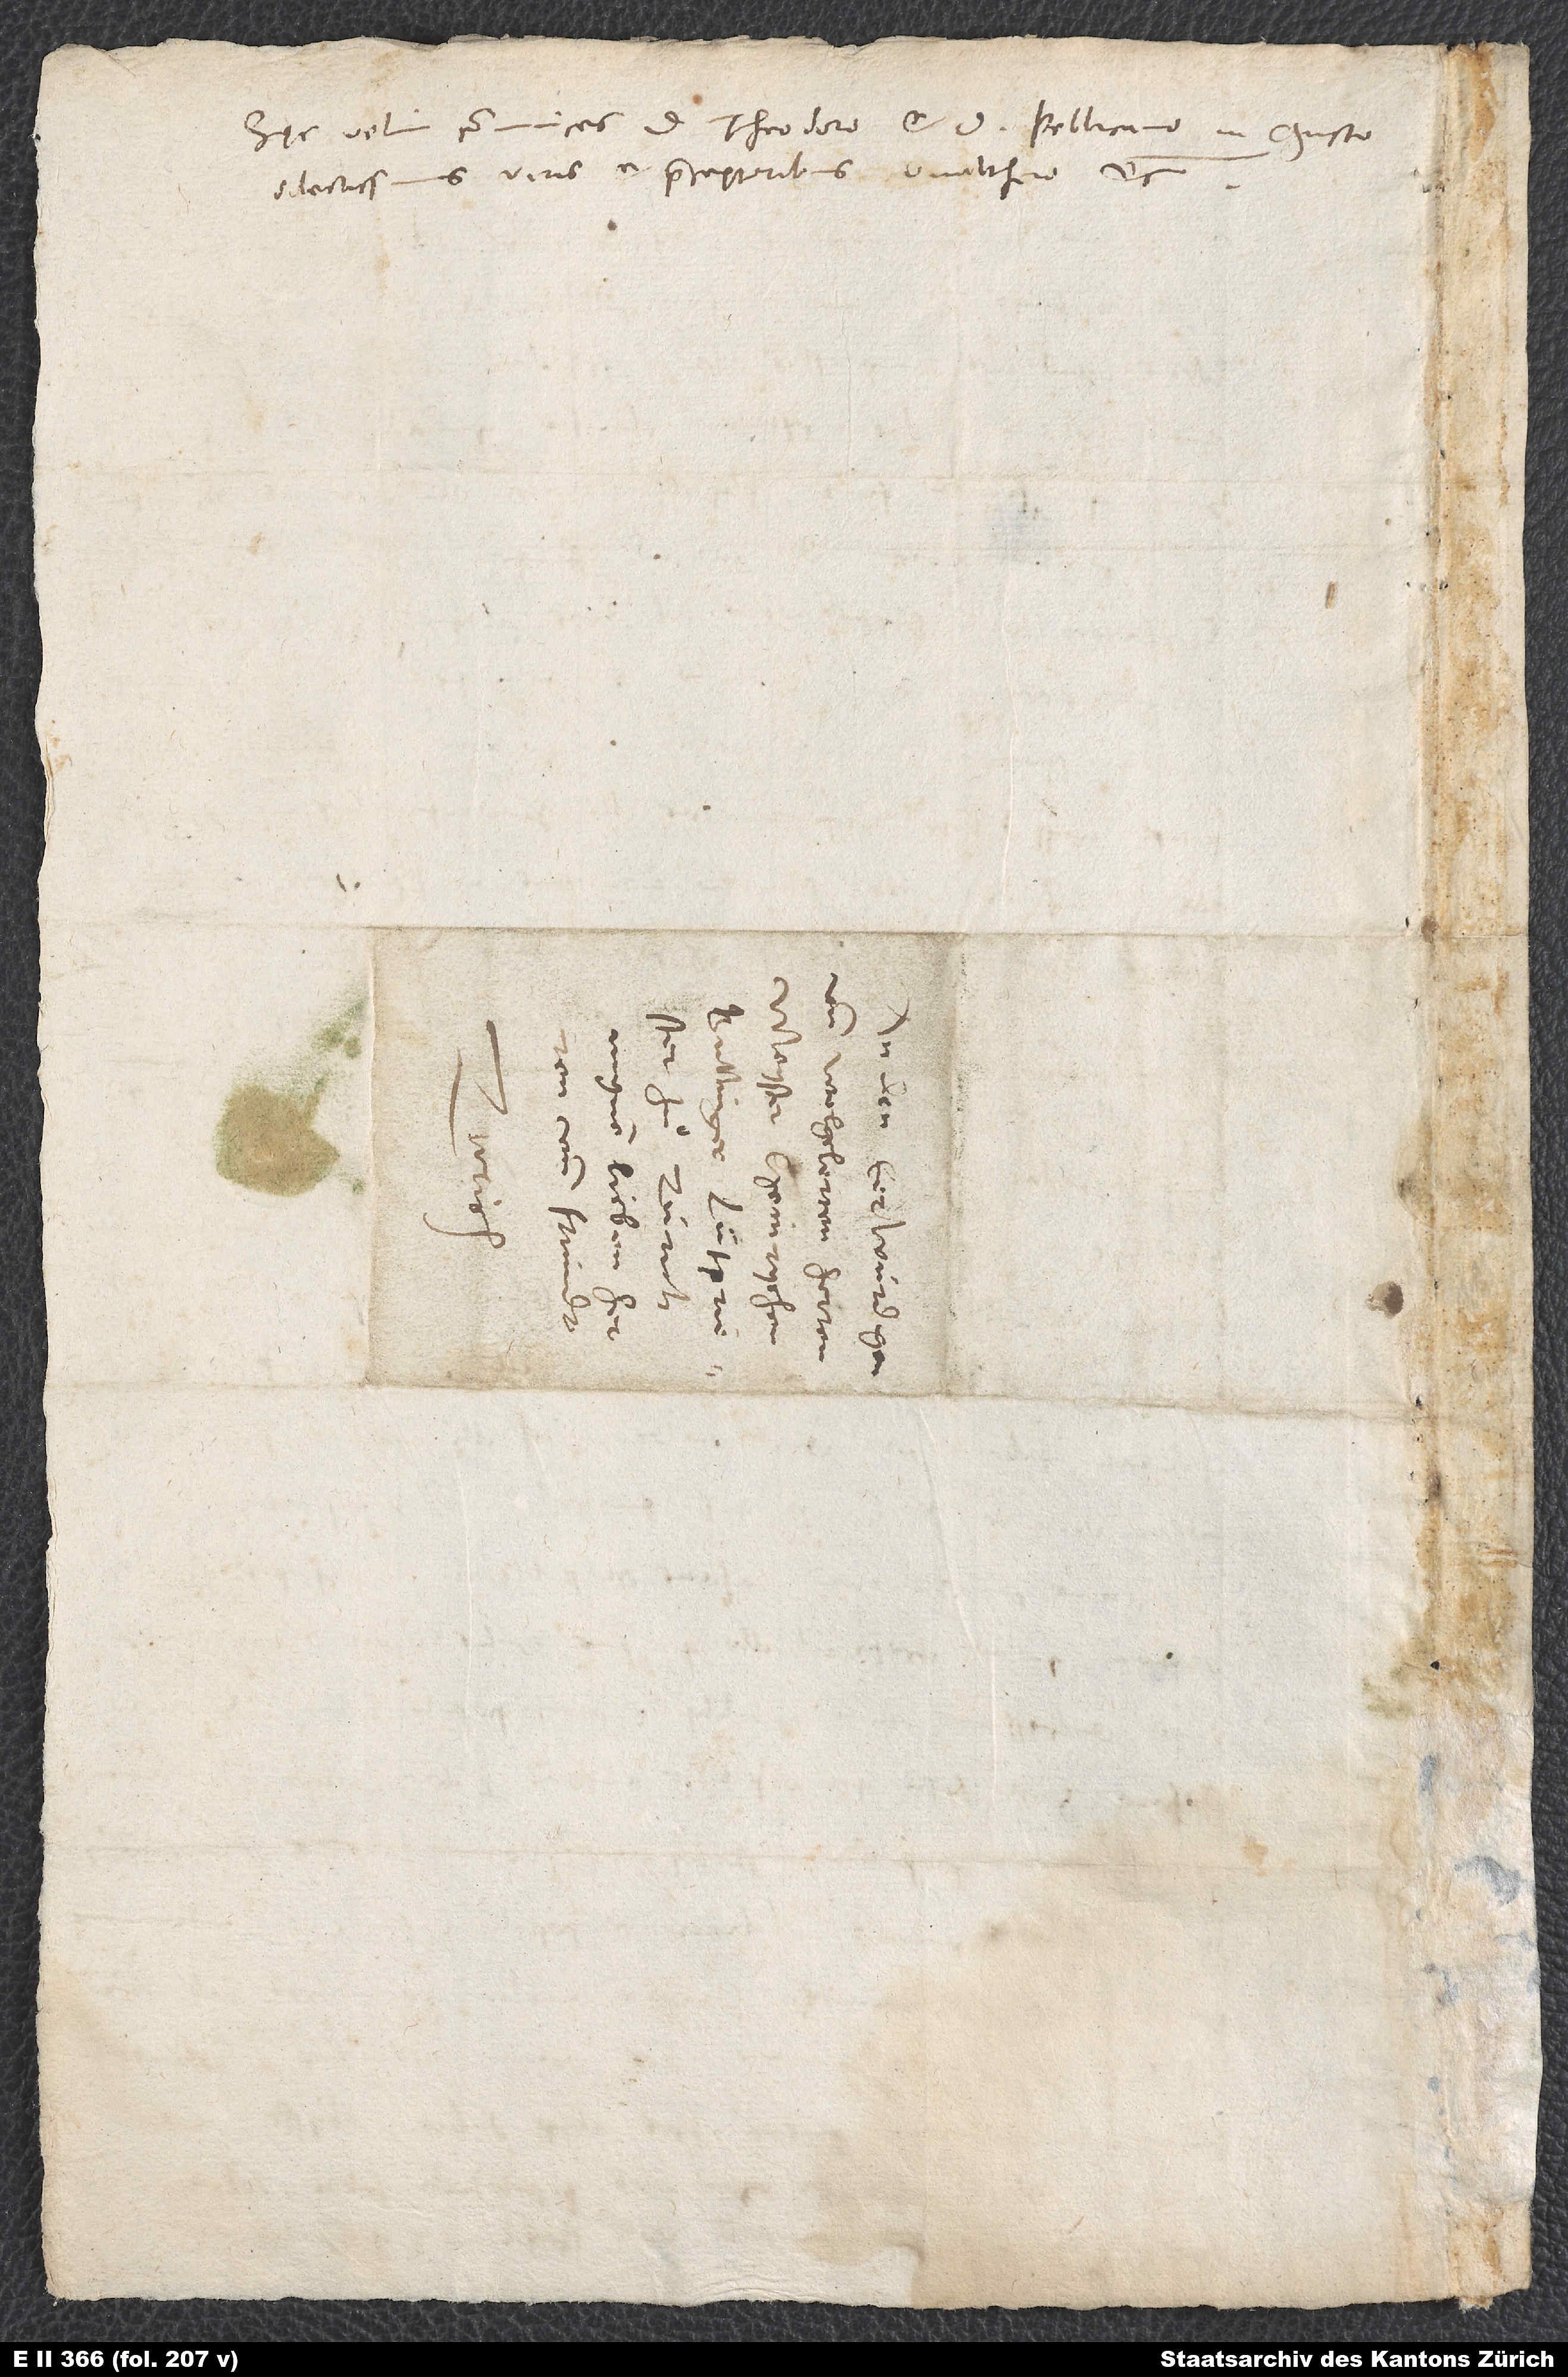
Hęc velim communices d. Theodoro et d. Pellicano, in Christo
dilectissimis viris et praeceptoribus, Gvalthero, etc.
S.